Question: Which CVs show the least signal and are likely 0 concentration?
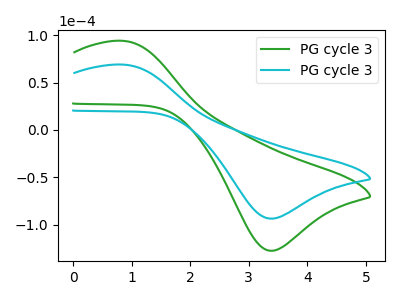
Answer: <think>The green curve "PG cycle 31" has an anodic peak at (0.85V, 94.25uA) and a cathodic peak at (3.35V, -127.50uA). The cyan curve "PG cycle 32" has an anodic peak at (0.85V, 69.15uA) and a cathodic peak at (3.35V, -93.55uA).</think>
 <answer>There are not any CV's on this graph that are likely to be blanks.</answer>
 <eval>none</eval>